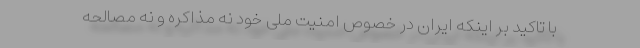
با تاکید بر اینکه ایران در خصوص امنیت ملی خود نه مذاکره و نه مصالحه